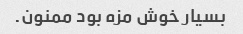
بسیار خوش مزه بود ممنون.